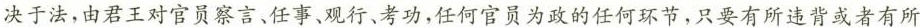
决于法，由君王对官员察言、任事、观行、考功，任何官员为政的任何环节，只要有所违背或者有所